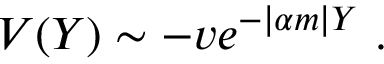
V ( Y ) \sim - v e ^ { - | \alpha m | Y } \ .